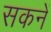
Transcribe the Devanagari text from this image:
सकनें